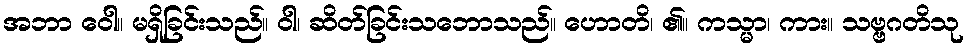
အဘာ ဝေါ။ မရှိခြင်းသည်။ ဝါ၊ ဆိတ်ခြင်းသဘောသည်။ ဟောတိ၊ ၏။ ကသ္မာ၊ ကား။ သဗ္ဗဂတိသု